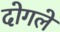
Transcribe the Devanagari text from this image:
दोगले